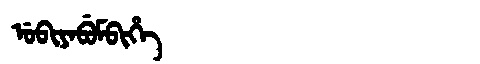
Manchu: ᡠᠪᡳᠶᠠᠪᡠᠮᠪᡳᡥᡝ
Romanization: UBIYABUMBIHE